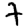
Digit: 7